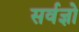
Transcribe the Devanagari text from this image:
सर्वज्ञो